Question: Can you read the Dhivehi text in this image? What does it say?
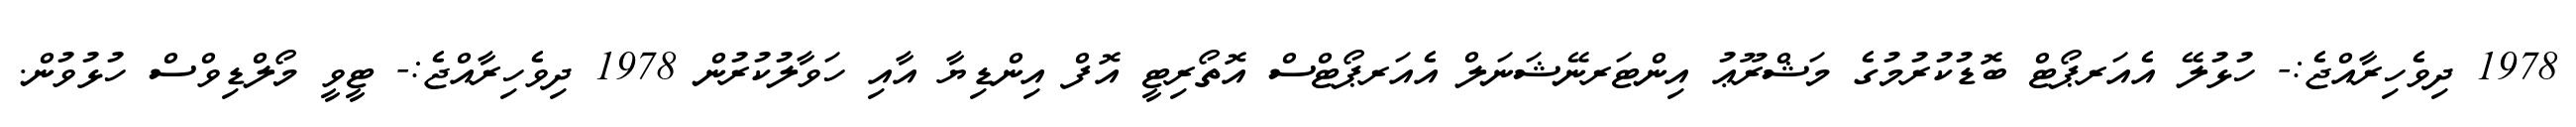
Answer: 1978 ދިވެހިރާއްޖެ:- ހުޅުލޭ އެއަރޕޯޓް ބޮޑުކުރުމުގެ މަޝްރޫޢު އިންޓަރނޭޝަނަލް އެއަރޕޯޓްސް އޮތޯރިޓީ އޮފް އިންޑިޔާ އާއި ހަވާލުކުރުން 1978 ދިވެހިރާއްޖެ:- ޓީވީ މޯލްޑިވްސް ހުޅުވުން.